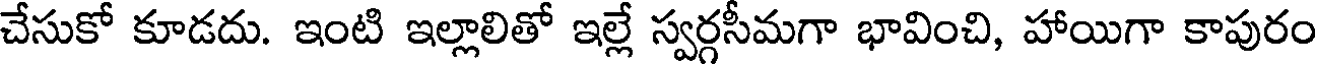
చేసుకో కూడదు. ఇంటి ఇల్లాలితో ఇల్లే స్వర్గసీమగా భావించి, హాయిగా కాపురం